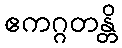
ဧကဂ္ဂတန္တိ